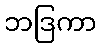
ဘဒြကာ